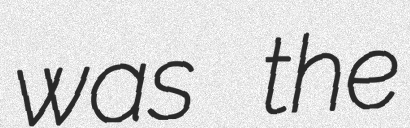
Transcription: was the